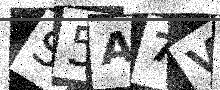
Text: S5A7V5